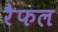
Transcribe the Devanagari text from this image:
रैफल